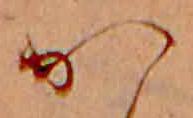
か